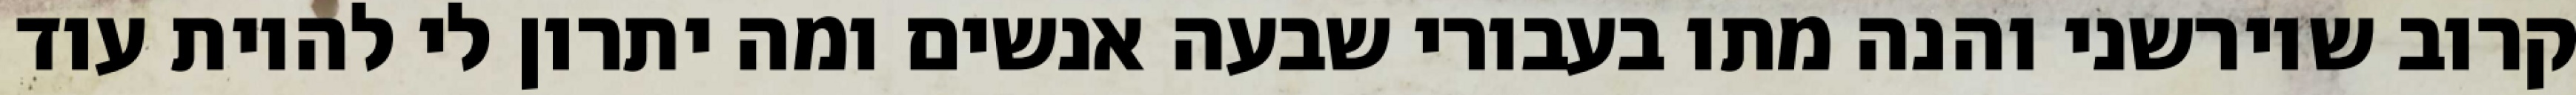
קרוב שיורשני והנה מתו בעבורי שבעה אנשים ומה יתרון לי להיות עוד